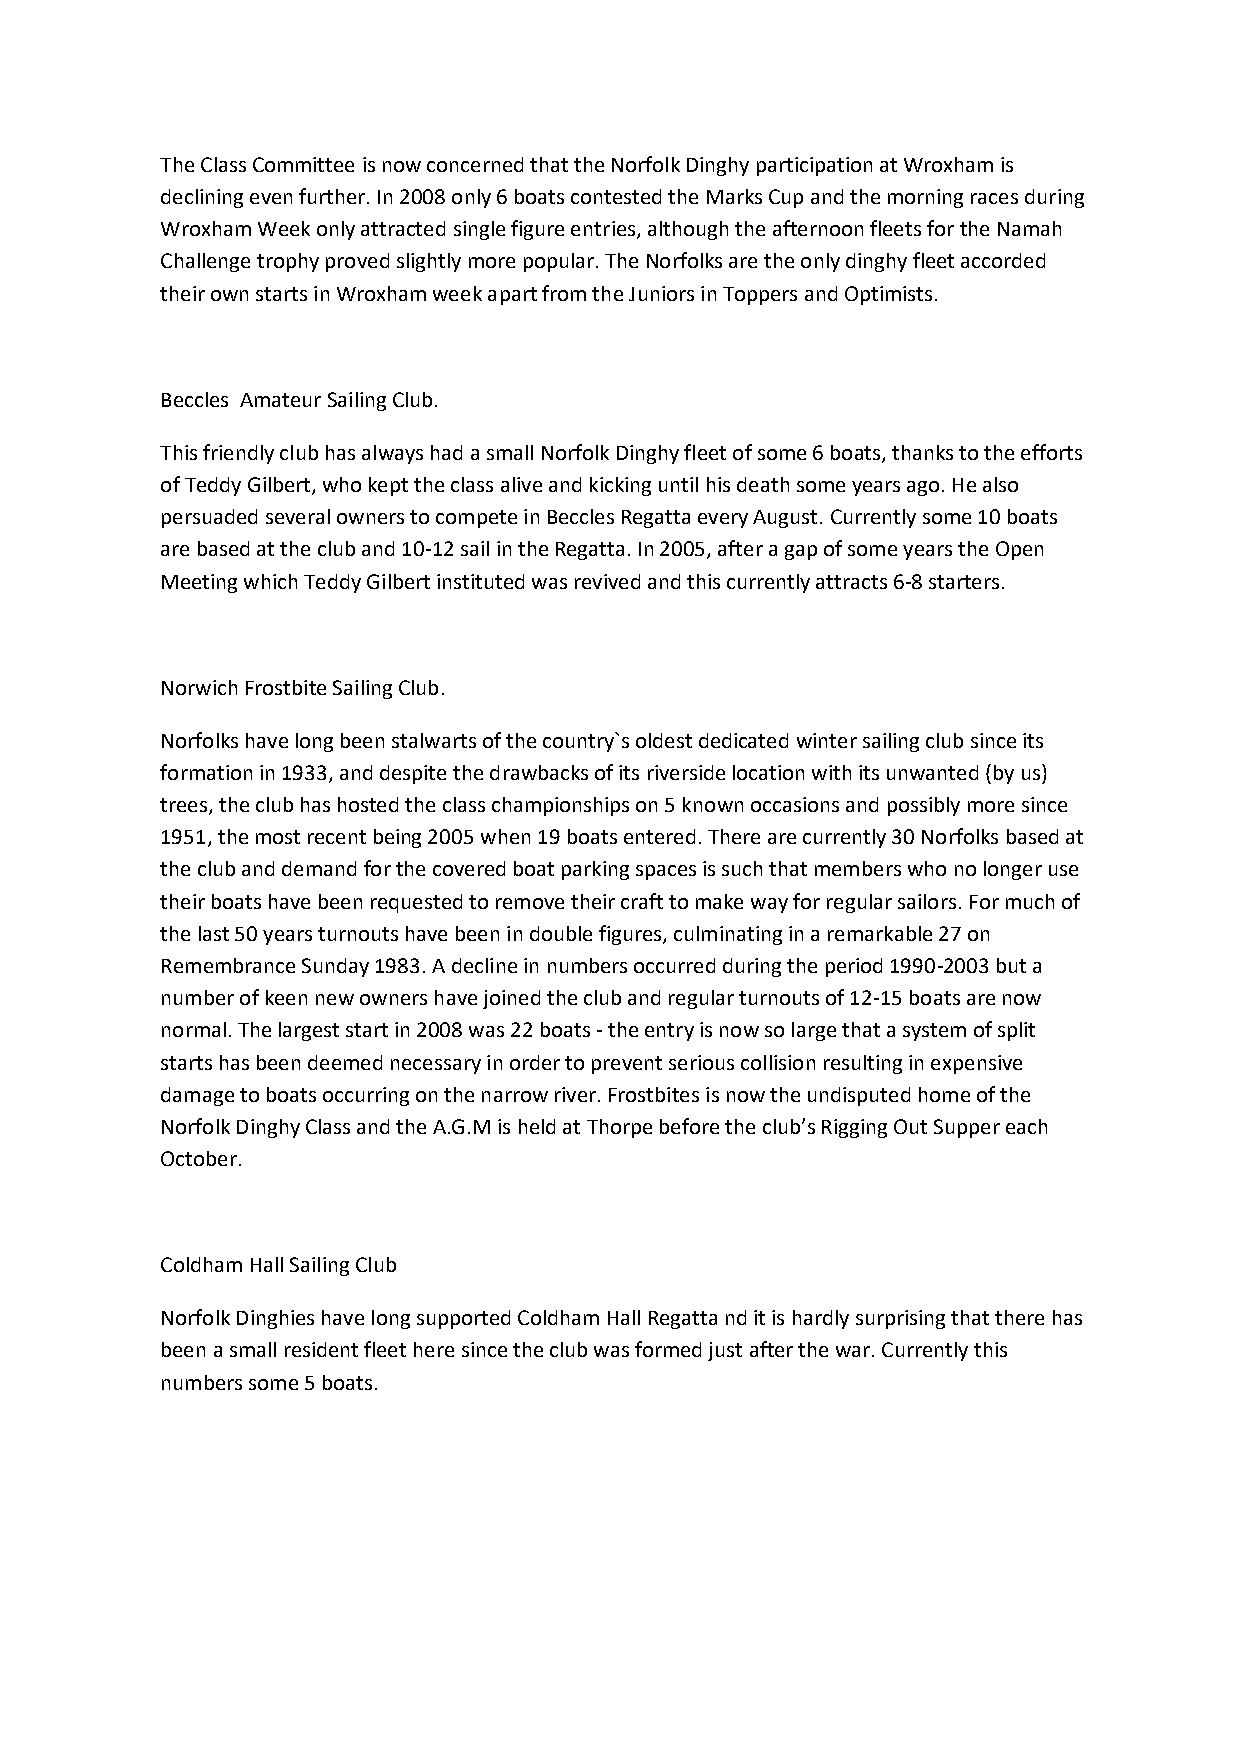
The Class Committee is now concerned that the Norfolk Dinghy participation at Wroxham is
 declining even further. In 2008 only 6 boats contested the Marks Cup and the morning races during
 Wroxham Week only attracted single figure entries, although the afternoon fleets for the Namah
 Challenge trophy proved slightly more popular. The Norfolks are the only dinghy fleet accorded
 their own starts in Wroxham week apart from the Juniors in Toppers and Optimists.
 Beccles Amateur Sailing Club.
 This friendly club has always had a small Norfolk Dinghy fleet of some 6 boats, thanks to the efforts
 of Teddy Gilbert, who kept the class alive and kicking until his death some years ago. He also
 persuaded several owners to compete in Beccles Regatta every August. Currently some 10 boats
 are based at the club and 10-12 sail in the Regatta. In 2005, after a gap of some years the Open
 Meeting which Teddy Gilbert instituted was revived and this currently attracts 6-8 starters.
 Norwich Frostbite Sailing Club.
 Norfolks have long been stalwarts of the country`s oldest dedicated winter sailing club since its
 formation in 1933, and despite the drawbacks of its riverside location with its unwanted (by us)
 trees, the club has hosted the class championships on 5 known occasions and possibly more since
 1951, the most recent being 2005 when 19 boats entered. There are currently 30 Norfolks based at
 the club and demand for the covered boat parking spaces is such that members who no longer use
 their boats have been requested to remove their craft to make way for regular sailors. For much of
 the last 50 years turnouts have been in double figures, culminating in a remarkable 27 on
 Remembrance Sunday 1983. A decline in numbers occurred during the period 1990-2003 but a
 number of keen new owners have joined the club and regular turnouts of 12-15 boats are now
 normal. The largest start in 2008 was 22 boats - the entry is now so large that a system of split
 starts has been deemed necessary in order to prevent serious collision resulting in expensive
 damage to boats occurring on the narrow river. Frostbites is now the undisputed home of the
 Norfolk Dinghy Class and the A.G.M is held at Thorpe before the club’s Rigging Out Supper each
 October.
 Coldham Hall Sailing Club
 Norfolk Dinghies have long supported Coldham Hall Regatta nd it is hardly surprising that there has
 been a small resident fleet here since the club was formed just after the war. Currently this
 numbers some 5 boats.